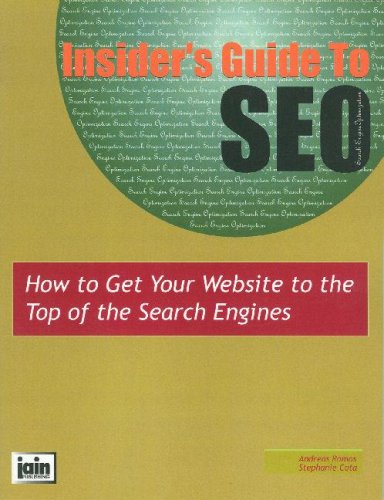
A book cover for Insider's Guide To SEO: How To Get Your Website To The Top Of The Search Engines; Andreas Ramos; Computers & Technology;